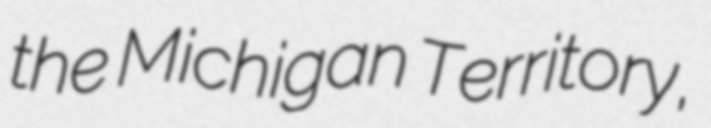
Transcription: the Michigan Territory,